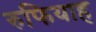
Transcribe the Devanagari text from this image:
रुफियाह